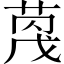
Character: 𫈦